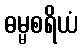
ဓမ္မစရိယံ